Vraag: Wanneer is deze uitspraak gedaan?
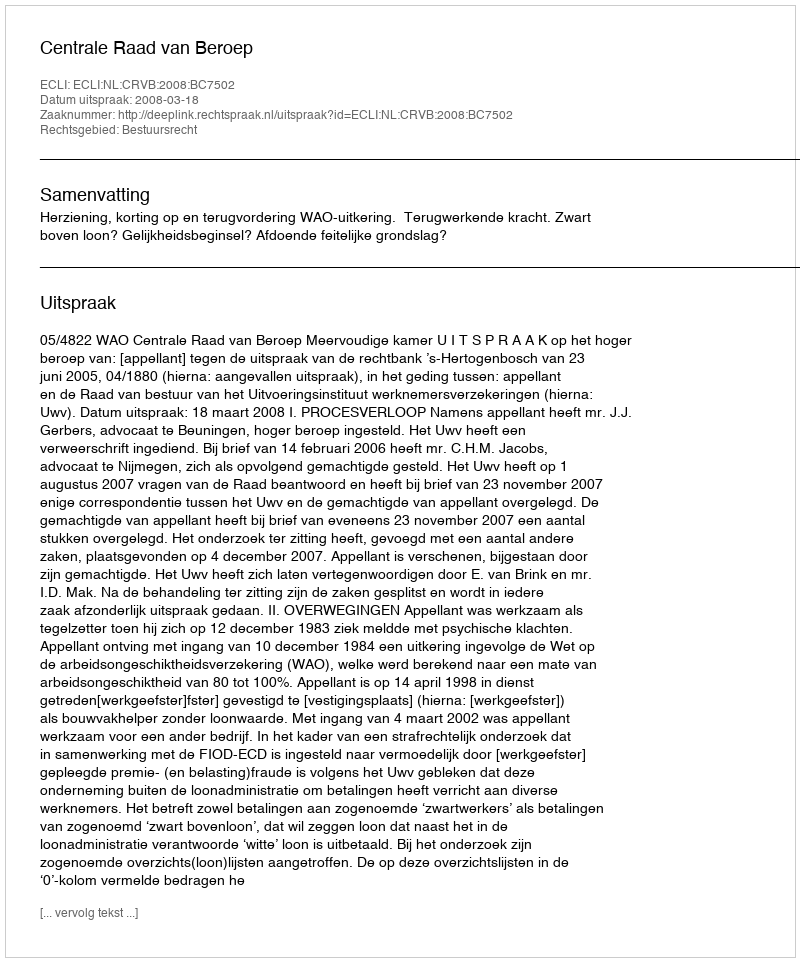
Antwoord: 2008-03-18